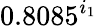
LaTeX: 0.8085^{i_{1}}